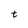
Character: t